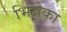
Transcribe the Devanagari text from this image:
भिन्नेका